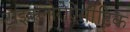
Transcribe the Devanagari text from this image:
ट्राइक्लोरोऐसीटिक